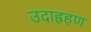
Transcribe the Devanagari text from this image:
उदाह्रहण